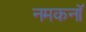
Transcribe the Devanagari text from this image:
नमकनॉ